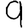
Digit: 9